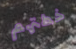
خطتهم